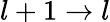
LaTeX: l+1\rightarrow l